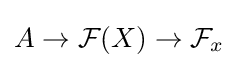
A\to {\mathcal {F}}(X)\to {\mathcal {F}}_{x}